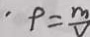
. \rho = \frac { m } { v }